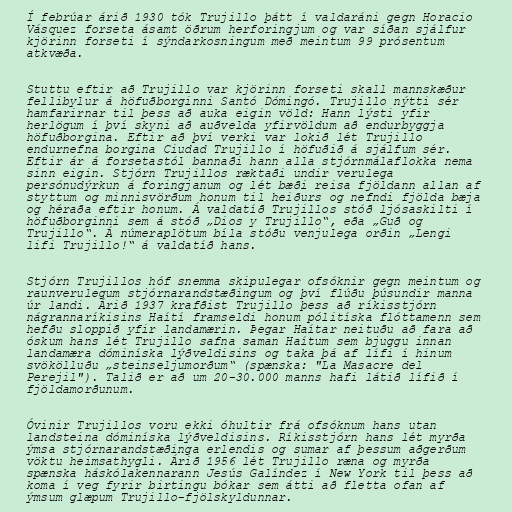
Í febrúar árið 1930 tók Trujillo þátt í valdaráni gegn Horacio
Vásquez forseta ásamt öðrum herforingjum og var síðan sjálfur
kjörinn forseti í sýndarkosningum með meintum 99 prósentum
atkvæða.

Stuttu eftir að Trujillo var kjörinn forseti skall mannskæður
fellibylur á höfuðborginni Santó Dómingó. Trujillo nýtti sér
hamfarirnar til þess að auka eigin völd: Hann lýsti yfir
herlögum í því skyni að auðvelda yfirvöldum að endurbyggja
höfuðborgina. Eftir að því verki var lokið lét Trujillo
endurnefna borgina Ciudad Trujillo í höfuðið á sjálfum sér.
Eftir ár á forsetastól bannaði hann alla stjórnmálaflokka nema
sinn eigin. Stjórn Trujillos ræktaði undir verulega
persónudýrkun á foringjanum og lét bæði reisa fjöldann allan af
styttum og minnisvörðum honum til heiðurs og nefndi fjölda bæja
og héraða eftir honum. Á valdatíð Trujillos stóð ljósaskilti í
höfuðborginni sem á stóð „Dios y Trujillo“, eða „Guð og
Trujillo“. Á númeraplötum bíla stóðu venjulega orðin „Lengi
lifi Trujillo!“ á valdatíð hans.

Stjórn Trujillos hóf snemma skipulegar ofsóknir gegn meintum og
raunverulegum stjórnarandstæðingum og því flúðu þúsundir manna
úr landi. Árið 1937 krafðist Trujillo þess að ríkisstjórn
nágrannaríkisins Haítí framseldi honum pólitíska flóttamenn sem
hefðu sloppið yfir landamærin. Þegar Haítar neituðu að fara að
óskum hans lét Trujillo safna saman Haítum sem bjuggu innan
landamæra dóminíska lýðveldisins og taka þá af lífi í hinum
svökölluðu „steinseljumorðum“ (spænska: "La Masacre del
Perejil"). Talið er að um 20-30.000 manns hafi látið lífið í
fjöldamorðunum.

Óvinir Trujillos voru ekki óhultir frá ofsóknum hans utan
landsteina dóminíska lýðveldisins. Ríkisstjórn hans lét myrða
ýmsa stjórnarandstæðinga erlendis og sumar af þessum aðgerðum
vöktu heimsathygli. Árið 1956 lét Trujillo ræna og myrða
spænska háskólakennarann Jesús Galíndez í New York til þess að
koma í veg fyrir birtingu bókar sem átti að fletta ofan af
ýmsum glæpum Trujillo-fjölskyldunnar.